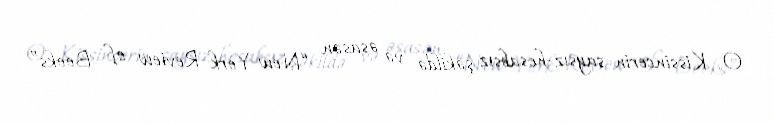
O, Kissincerin saysız-hesabsız şəkildə və əsasən “New York Review of Books”